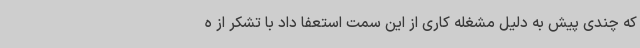
که چندی پیش به دلیل مشغله کاری از این سمت استعفا داد با تشکر از ه